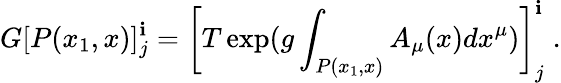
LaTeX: G[P(x_{1},x)]_{j}^{\mathbf{i}}=\left[T\exp(g\int_{P(x_{1},x)}A_{\mu}(x)dx^{\mu})\right]_{j}^{\mathbf{i}}\; .